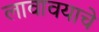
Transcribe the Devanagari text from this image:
लावावयाचे